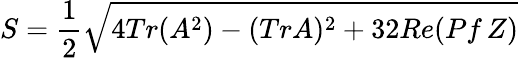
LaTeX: S={\frac{1}{2}}\sqrt{4Tr(A^{2})-(TrA)^{2}+32Re(Pf\, Z)}